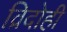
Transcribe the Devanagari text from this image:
व्रिदोही